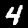
Label: 4